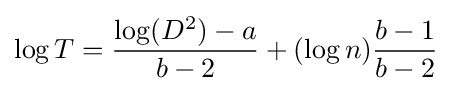
\log T={\frac {\log(D^{2})-a}{b-2}}+(\log n){\frac {b-1}{b-2}}